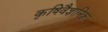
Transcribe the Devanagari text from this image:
कृषिवैज्ञानिक